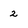
Character: 2